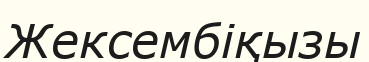
Жексембіқызы